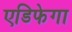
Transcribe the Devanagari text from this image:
एडिफेगा